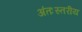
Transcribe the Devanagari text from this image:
अंतःस्तरीय